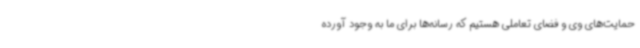
حمایت‌های وی و فضای تعاملی هستیم که رسانه‌ها برای ما به وجود آورده